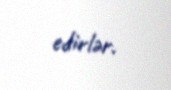
edirlər.